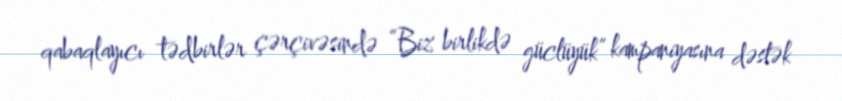
qabaqlayıcı tədbirlər çərçivəsində “Biz birlikdə güclüyük” kampaniyasına dəstək